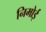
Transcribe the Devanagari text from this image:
निमोई